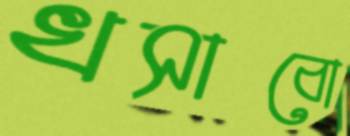
খসাবো